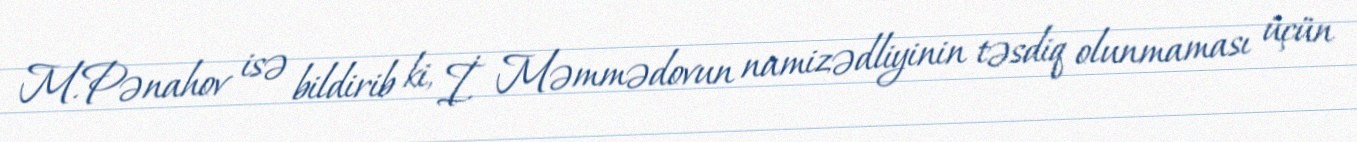
M.Pənahov isə bildirib ki, İ. Məmmədovun namizədliyinin təsdiq olunmaması üçün